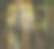
দুলস